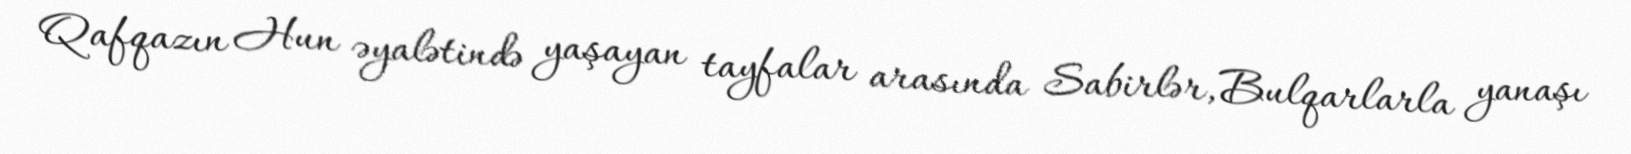
Qafqazın Hun əyalətində yaşayan tayfalar arasında Sabirlər, Bulqarlarla yanaşı